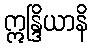
ဣန္ဒြိယာနိ